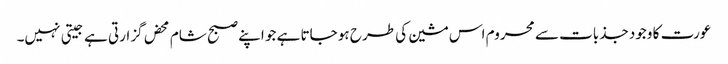
عورت کا وجود جذبات سے محروم اس مشین کی طرح ہو جاتا ہے جو اپنے صبح شام محض گزارتی ہے جیتی نہیں۔